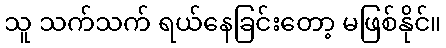
သူ သက်သက် ရယ်နေခြင်းတော့ မဖြစ်နိုင်။